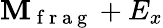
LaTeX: \mathbf{M}_{\mathrm{{~f~r~a~g~}}}+E_{x}